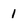
Character: 1